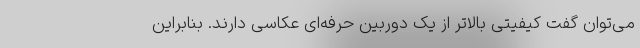
می‌توان گفت کیفیتی بالاتر از یک دوربین حرفه‌ای عکاسی دارند. بنابراین